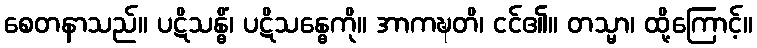
စေတနာသည်။ ပဋိသန္ဓိံ၊ ပဋိသန္ဓေကို။ အာကဍ္ဎတိ၊ ငင်၏။ တသ္မာ၊ ထို့ကြောင့်။